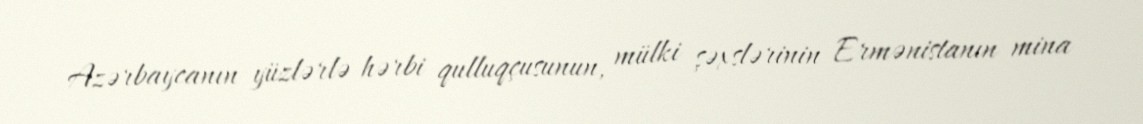
Azərbaycanın yüzlərlə hərbi qulluqçusunun, mülki şəxslərinin Ermənistanın mina